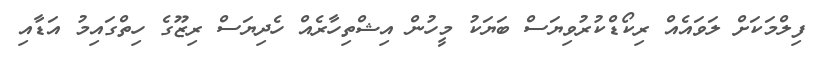
ފިލްމަކަށް ލަވައެއް ރިކޯޑްކުރުވިޔަސް ބަޔަކު މީހުން އިޝްތިހާރެއް ހެދިޔަސް ރިޒޫގެ ހިތްގައިމު އަޑާއި